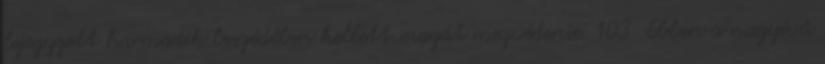
lejegyzett harmadik beszédében kellett magát megvédenie. 103 Ebben a nagyívű